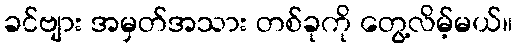
ခင်ဗျား အမှတ်အသား တစ်ခုကို တွေ့လိမ့်မယ်။